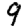
Digit: 9